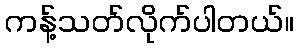
ကန့်သတ်လိုက်ပါတယ်။